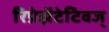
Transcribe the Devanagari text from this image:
रिप्रेझेंटेटिवज्